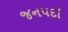
જનપદી